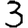
Digit: 3